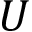
U